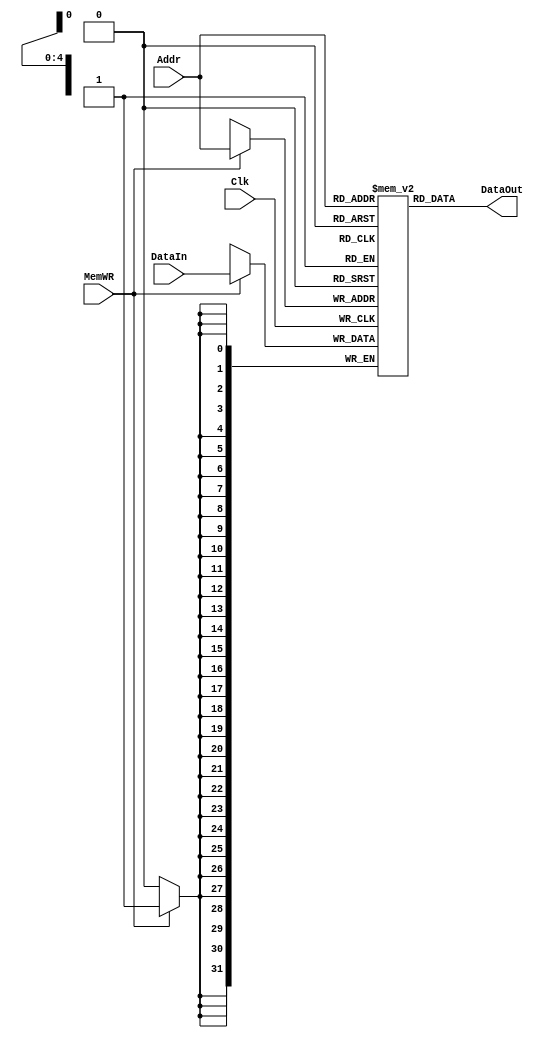
module DataRAM(input [4:0]Addr, 
               input [31:0]DataIn, 
               input MemWR,
               input Clk, 
               output [31:0]DataOut);
    reg [31:0]RAM[0:31];
    always@ (posedge Clk)
        if(MemWR)
            RAM[Addr] <= DataIn;
    assign DataOut = RAM[Addr];
endmodule